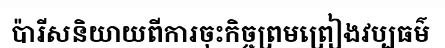
ប៉ារីសនិយាយពីការចុះកិច្ចព្រមព្រៀងវប្បធម៌